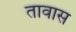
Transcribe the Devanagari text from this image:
तावास